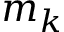
m _ { k }